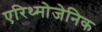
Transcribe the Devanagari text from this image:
एरिथ्मोजेनिक